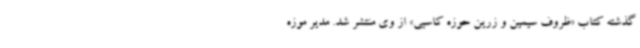
گذشته کتاب «ظروف سیمین و زرین حوزه کاسپی» از وی منتشر شد. مدیر موزه